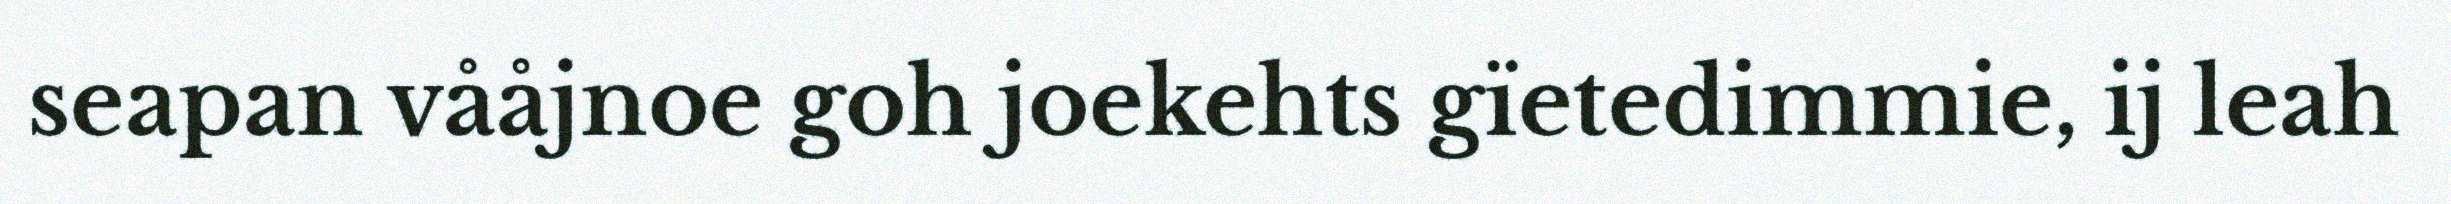
seapan vååjnoe goh joekehts gïetedimmie, ij leah